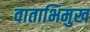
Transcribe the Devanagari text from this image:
वाताभिमुख